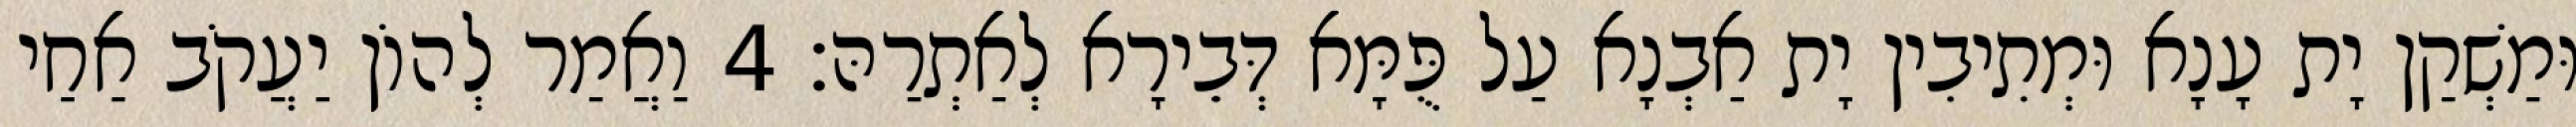
וּמַשְׁקַן יָת עָנָא וּמְתִיבִין יָת אַבְנָא עַל פֻּמָּא דְּבֵירָא לְאַתְרַהּ׃ 4 וַאֲמַר לְהוֹן יַעֲקֹב אַחַי